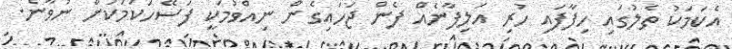
އެކަމަކު ތެލުގައި ހިފާފައި ހުރި އަލިފާނެއް ފެން ޖަހައިގެން ނިއްވުމަކީ ފަސޭހަކަމަކަށް ނުވާނެ.